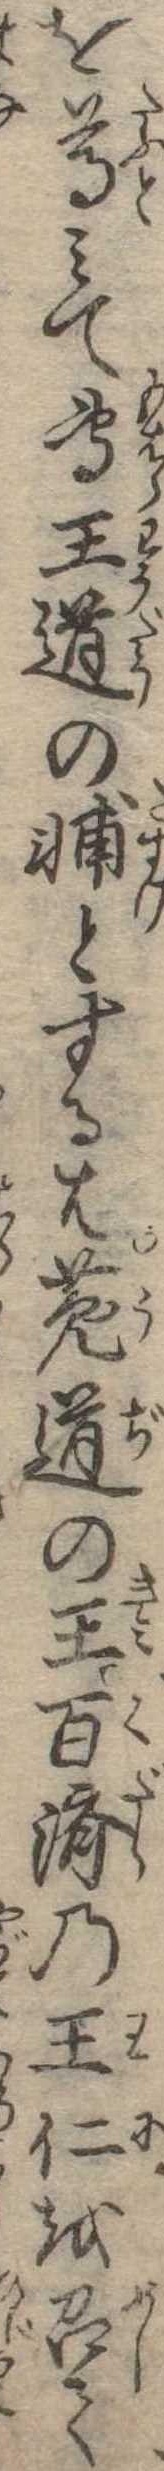
を尊みて専王道の輔とするは兎道の王百済の王仁を召て